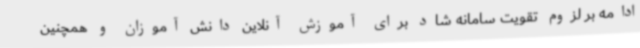
ادامه بر لزوم تقویت سامانه شاد برای آموزش آنلاین دانش آموزان و همچنین